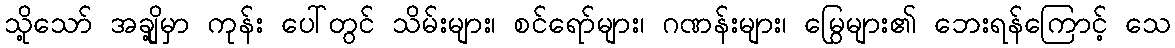
သို့သော် အချို့မှာ ကုန်း ပေါ်တွင် သိမ်းများ၊ စင်ရော်များ၊ ဂဏန်းများ၊ မြွေများ၏ ဘေးရန်ကြောင့် သေ